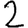
Digit: 2